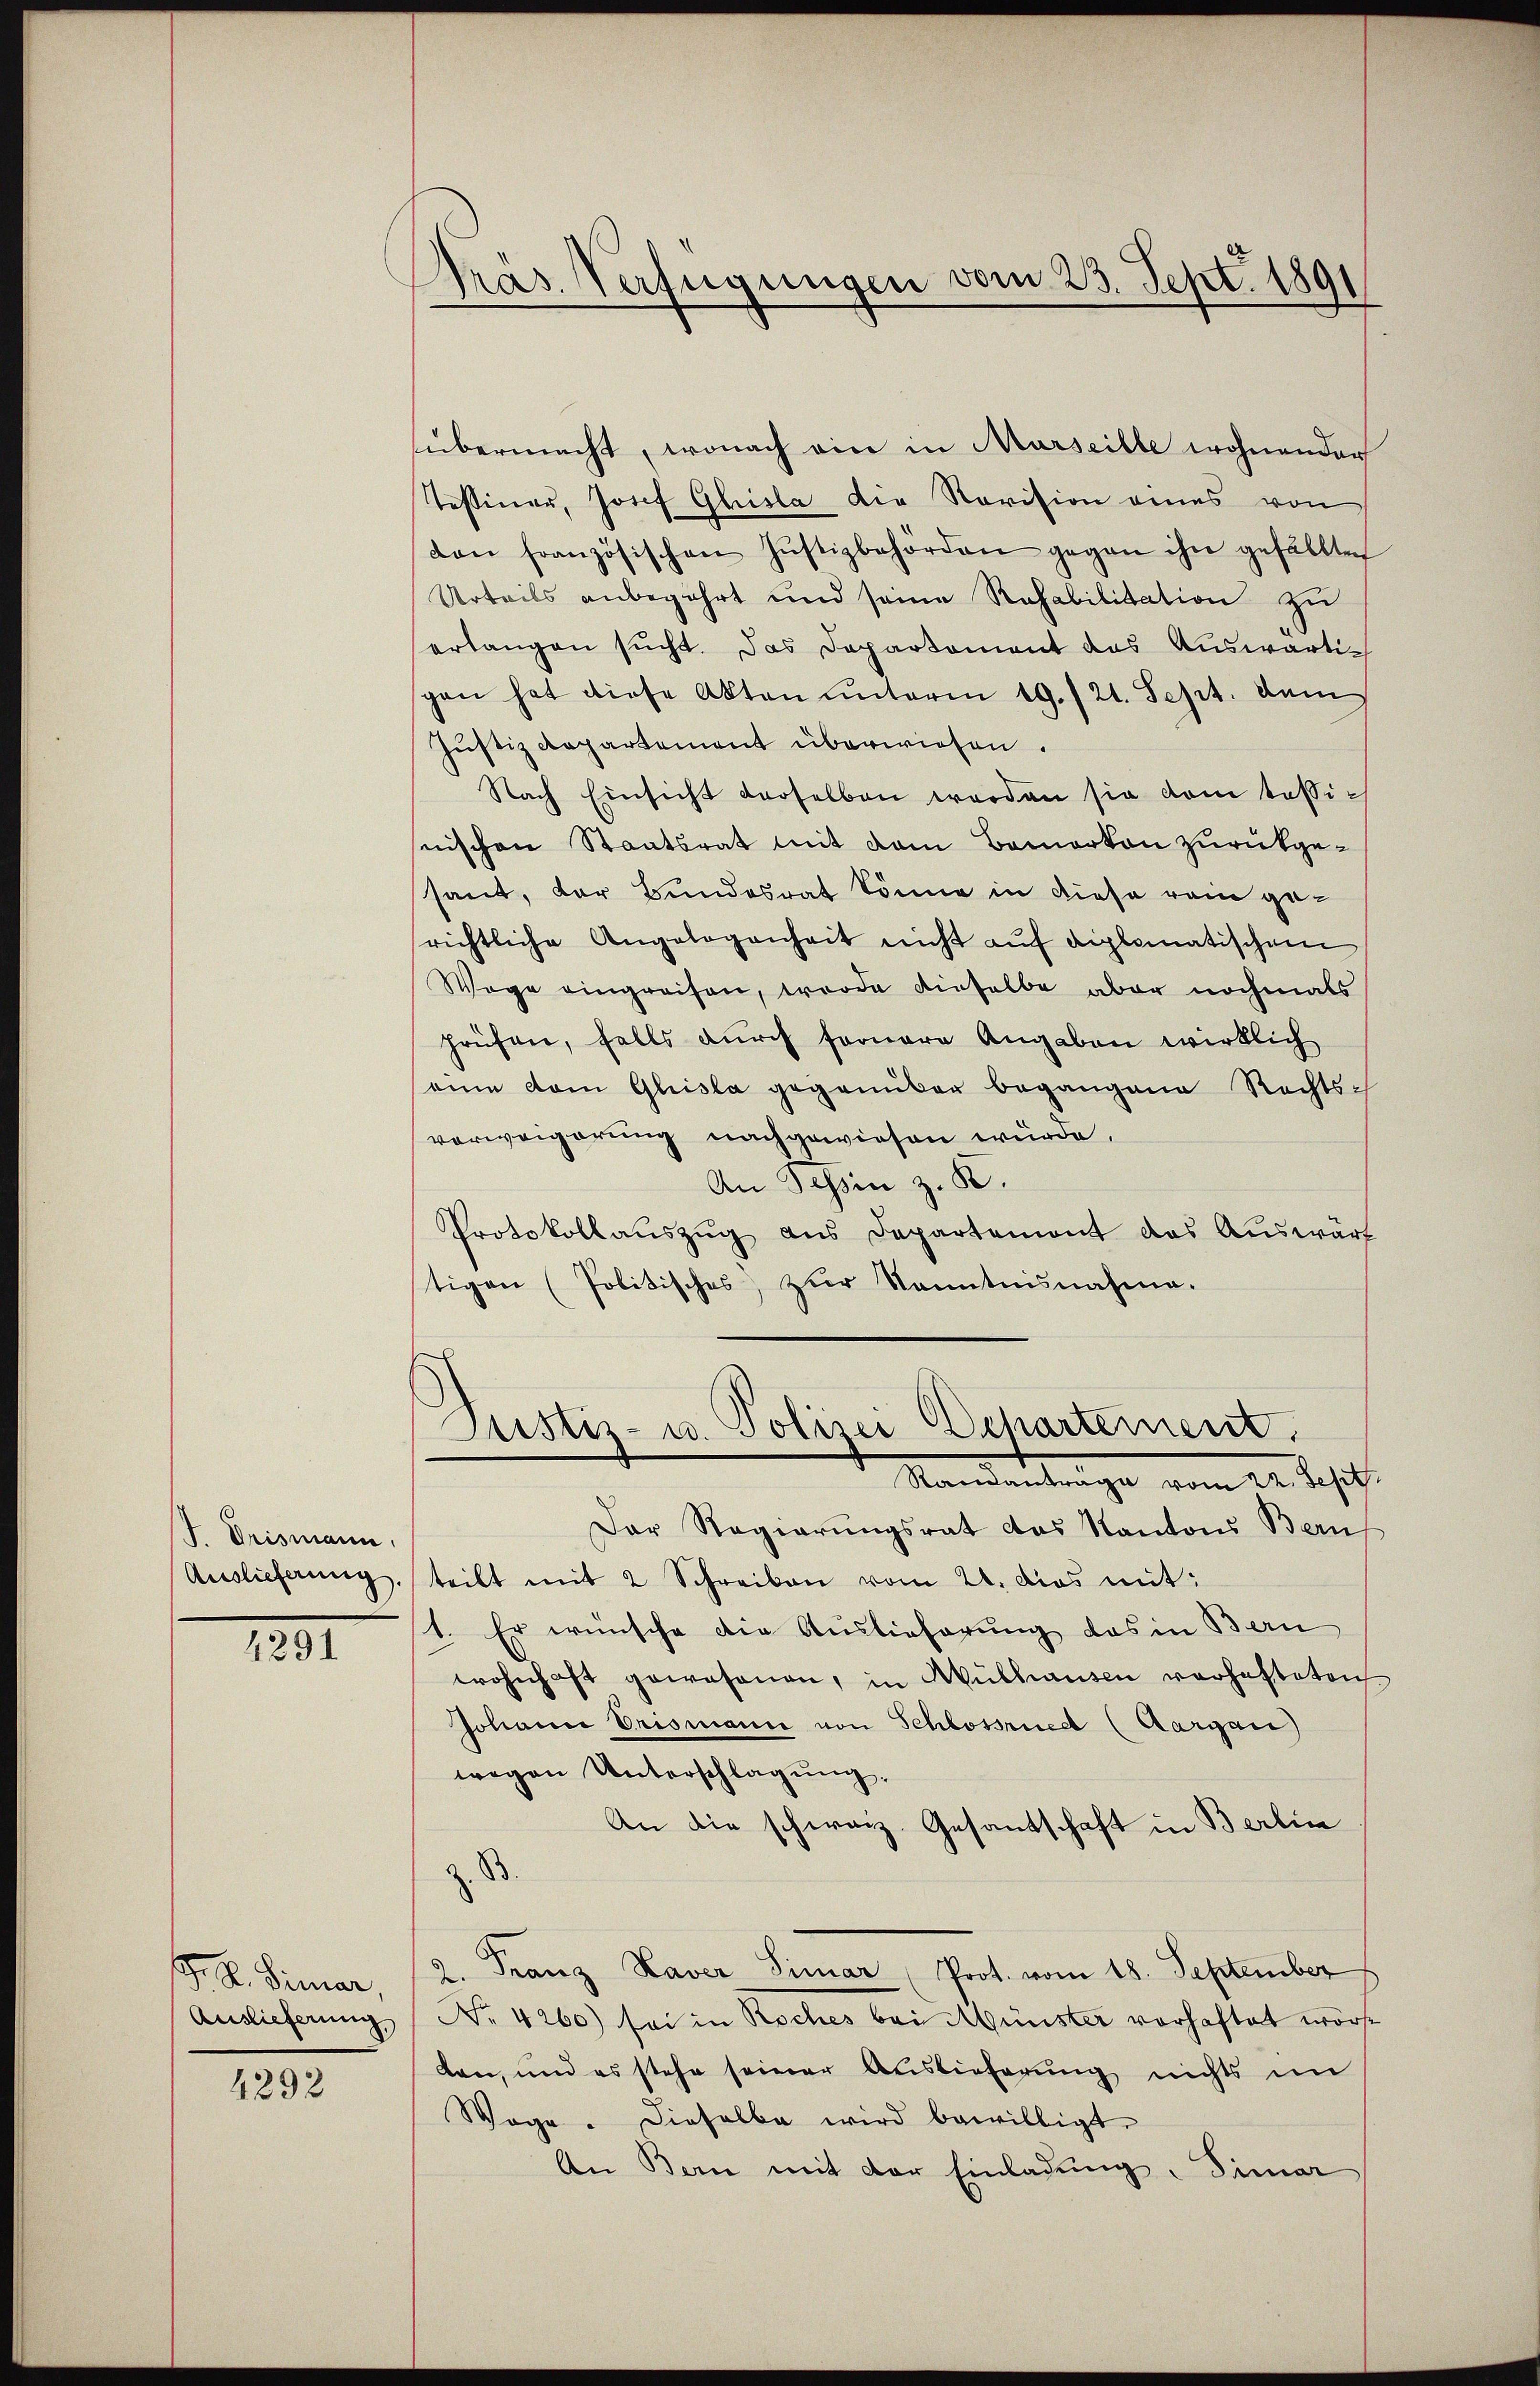
J. Drismann.
Auslieferung.

4291

F. L. Fimar
Auslieferung

4292

Präs. Verfügungen vom 23. Sept. 1891

übermacht, wonach ein in Marseille wohnender
Tessiner, Josef Ghisla die Revision eines von
don französischen Justizbehörden gegen ihn gefällten
Urteils anbegehrt und seine Rafabilitation zu
erlangen sucht. Das Departement das Auswärtigen hat diese Akten unterm 19./21. Sept. dem
Justizdepartement überwiesen.
Nach Einsicht derselben werden sie vom tessisnischen Staatsrat mit dem Bamorton zurückgesant, der Bundesrat könne in diese rein gerichtliche Angelegenheit nicht aŭf diplomatischem
Wege eingreifen, worde dieselbe aber nochmals
prüfen, falls durch fernere Angaben wirklich
seine vom Glisla gegenüber begangene Rechts-
vorweigerung nachgewiesen würde.
An Schin z. K.
Protokollaŭszŭg aŭs Departemont das Aŭswärt
tigen (Politisches, zur Kenntnisnahme.
Justiz- u. Polizei Departement.
Standendange vom 2. Sept.
Der Regierungsrat das Kantons Bern
teilt mit 2 Schreiben vom 21. dies mit:
1. Er wünsche die Auslieferung das in Bern
wohnhaft gewesenen, in Mülhausen verhafteten
Johann Erismann von Schlossried (Aargau)
wegen Unterschlagung.
An die schwarz. Gesantschaft in Berlin
z. B.
2. Franz Kaver Simar (Prot. vom 18. September
No 4260) sei in Roches bei Münster vorhaftet worde
den, und es stehe seiner Auslieferung nichts im
Woge. Dieselbe wird bewilligt.
An Bern mit der Einladung. Simar